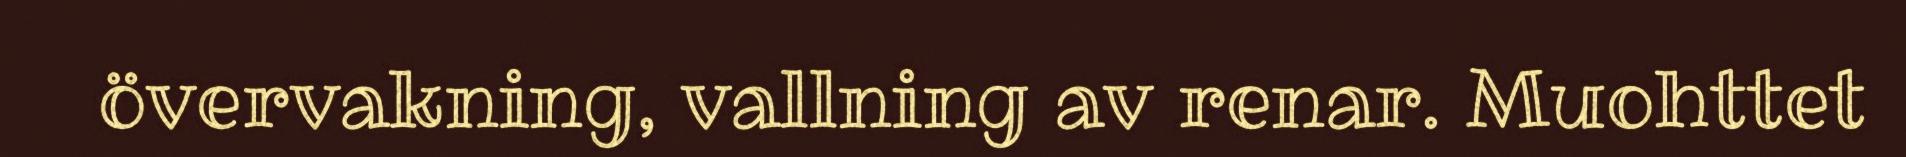
övervakning, vallning av renar. Muohttet